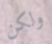
ولكن